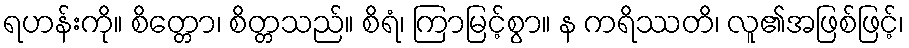
ရဟန်းကို။ စိတ္တော၊ စိတ္တသည်။ စိရံ၊ ကြာမြင့်စွာ။ န ကရိဿတိ၊ လူ၏အဖြစ်ဖြင့်၊